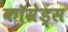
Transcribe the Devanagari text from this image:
कॉम्रेड्स